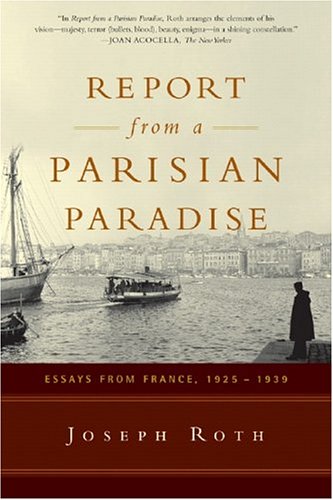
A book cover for Report From a Parisian Paradise: Essays from France, 1925-1939; Joseph Roth; History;